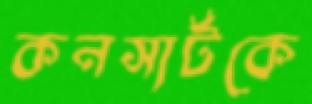
কনসার্টকে